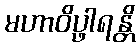
မဟာဝိပ္ဖါရန္တိ